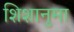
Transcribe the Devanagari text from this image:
शिशानुमा